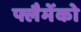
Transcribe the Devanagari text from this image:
फ्लैमेंको